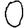
Digit: 0